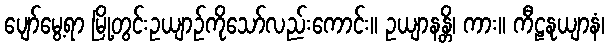
ပျော်မွေ့ရာ မြို့တွင်းဥယျာဉ်ကိုသော်လည်းကောင်း။ ဥယျာနန္တိ၊ ကား။ ကီဠနုယျာနံ၊